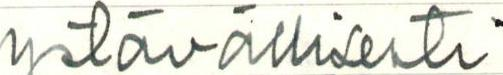
ystävällisesti